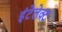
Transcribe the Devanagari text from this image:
इंटेलेक्ट